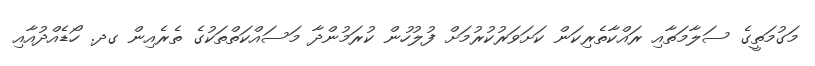
މަގުމަތީގެ ސަލާމަތާއި ރައްކާތެރިކަން ކަށަވަރުކުރުމަށް ފުލުހުން ކުރަމުންދާ މަސައްކަތްތަކުގެ ތެރެއިން ގދ. ހޯޑެއްދުއާއި